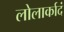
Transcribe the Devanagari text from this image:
लोलार्कादं